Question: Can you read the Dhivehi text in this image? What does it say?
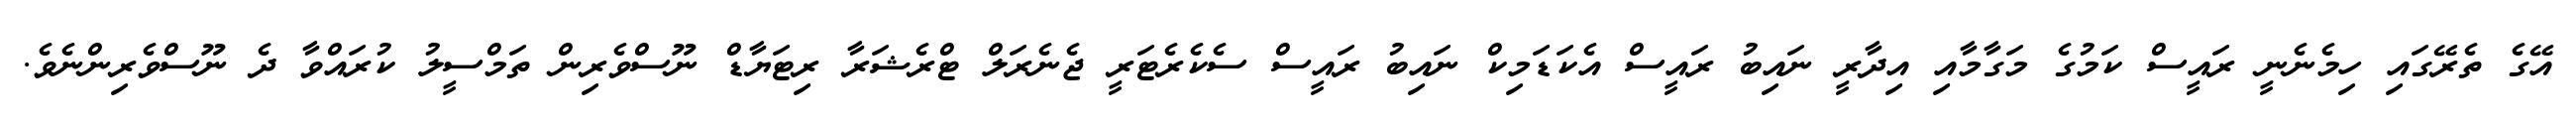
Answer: އޭގެ ތެރޭގައި ހިމެނެނީ ރައީސް ކަމުގެ މަގާމާއި އިދާރީ ނައިބު ރައީސް އެކަޑަމިކް ނައިބު ރައީސް ސެކެރެޓަރީ ޖެނެރަލް ޓްރެޝަރާ ރިޓަޔާޑް ނޫސްވެރިން ތަމްސީލު ކުރައްވާ ދެ ނޫސްވެރިންނެވެ.